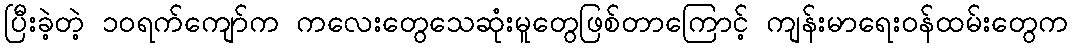
ပြီးခဲ့တဲ့ ၁၀ရက်ကျော်က ကလေးတွေသေဆုံးမူတွေဖြစ်တာကြောင့် ကျန်းမာရေးဝန်ထမ်းတွေက